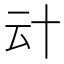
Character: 𠦊